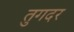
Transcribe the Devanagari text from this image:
तुगदर